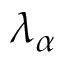
\lambda _ { \alpha }